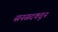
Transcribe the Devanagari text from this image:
सनसदकडून